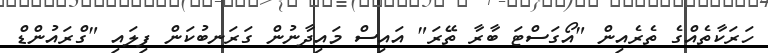
ހަރަކާތެއްގެ ތެރެއިން "އޯގަސްޓަ ބާރާ ތޭރަ" އައިސް މައިދާނުން ގަރަނބުކަން ފިލައި "ގްރައުންޑް